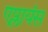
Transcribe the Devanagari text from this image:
एप्लायंस